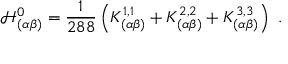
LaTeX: \mathcal { H } _ { ( \alpha \beta ) } ^ { 0 } = \frac { 1 } { 2 8 8 } \left( K _ { ( \alpha \beta ) } ^ { 1 , 1 } + K _ { ( \alpha \beta ) } ^ { 2 , 2 } + K _ { ( \alpha \beta ) } ^ { 3 , 3 } \right) ~ .